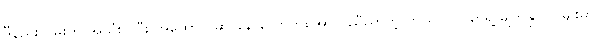
ဒီနည်းလမ်းကို အသုံးပြုပြီး အထောင် ဆင်းနိုင်လောက်အောင် ညီညာတဲ့ ဘယ်လို ဂြိုဟ်ရဲ့ မျက်နှာပြင်မျိုးမှာ